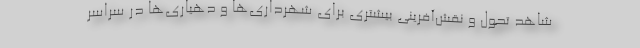
شاهد تحول و نقش‌آفرینی بیشتری برای شهرداری‌ها و دهیاری‌ها در سراسر